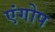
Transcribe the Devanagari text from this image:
एंगोप